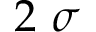
2 ~ \sigma